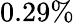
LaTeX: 0.29\%